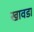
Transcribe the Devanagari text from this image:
खावडा